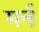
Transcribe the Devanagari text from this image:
मर्न